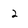
Character: 2